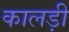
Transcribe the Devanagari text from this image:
कालड़ी